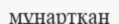
мұнартқан